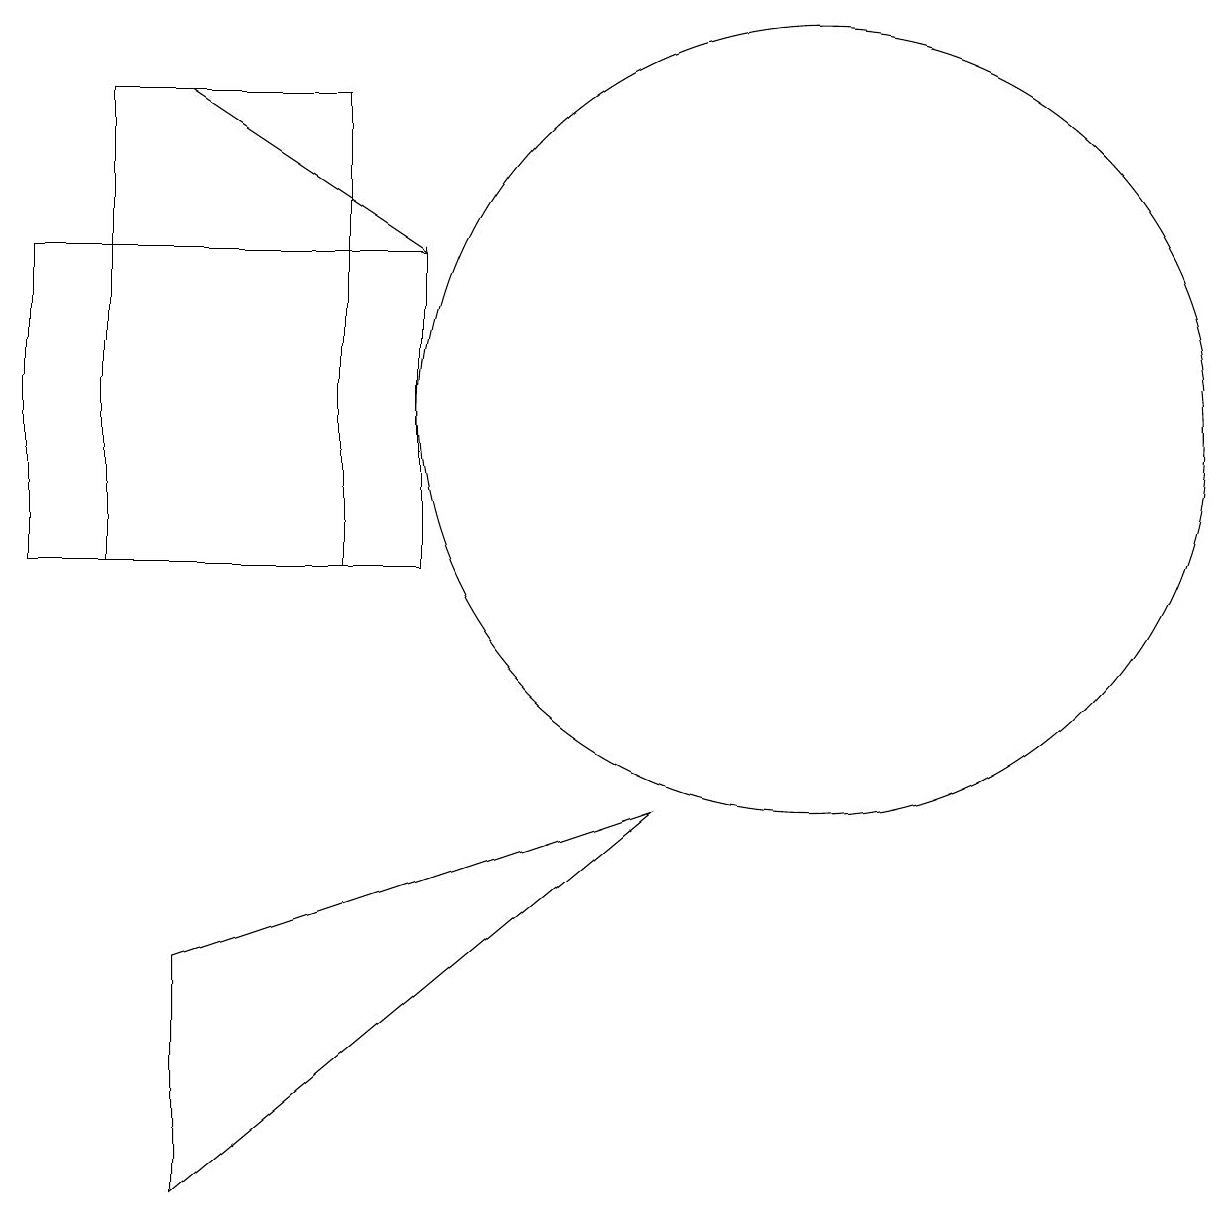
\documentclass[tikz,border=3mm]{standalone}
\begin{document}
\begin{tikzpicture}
\draw (10,11) circle (0);
\draw (3,2) -- (3,5) -- (9,7) -- cycle;
\draw[->] (3,16) -- (6,14);
\draw (2,16) rectangle (5,10);
\draw (6,10) rectangle (1,14);
\draw (11,12) circle (5);
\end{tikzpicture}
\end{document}